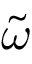
\tilde { \omega }